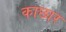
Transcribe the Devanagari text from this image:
काछार